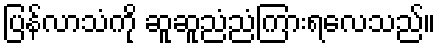
ပြန်လာသံကို ဆူဆူညံညံကြားရလေသည်။